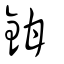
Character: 鉗